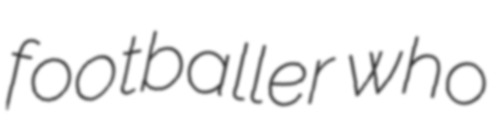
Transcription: footballer who